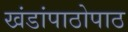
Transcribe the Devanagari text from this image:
खंडांपाठोपाठ